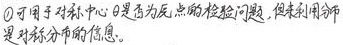
\textcircled{1}可用于对称中心 $\theta$ 是否为原点的检验问题，但未利用分布是对称分布的信息。